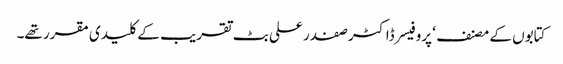
کتابوں کے مصنف ‘ پروفیسر ڈاکٹر صفدر علی بٹ تقریب کے کلیدی مقرر تھے۔